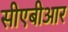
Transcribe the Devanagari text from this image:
सीएबीआर